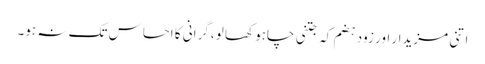
اتنی مزیدار اور زود ہضم کہ جتنی چاہو کھا لو ،گرانی کا احساس تک نہ ہو۔